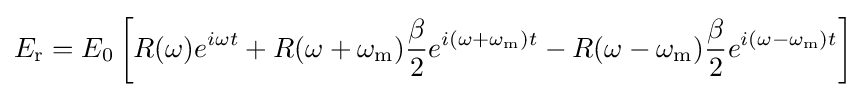
E_{\text{r}}=E_{0}\left[R(\omega )e^{i\omega t}+R(\omega +\omega _{\mathrm {m} }){\frac {\beta }{2}}e^{i(\omega +\omega _{\mathrm {m} })t}-R(\omega -\omega _{\mathrm {m} }){\frac {\beta }{2}}e^{i(\omega -\omega _{\mathrm {m} })t}\right]